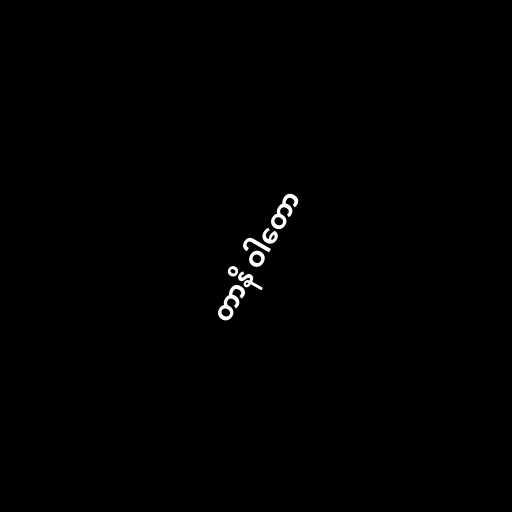
တာနိ ဝါတော